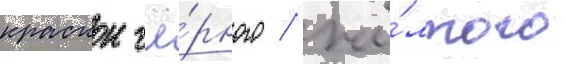
краскои чё́рного / жё́лтого